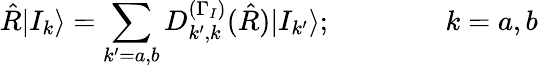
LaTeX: \hat{R}|I_{k}\rangle=\sum_{k^{\prime}=a,b}D_{k^{\prime},k}^{(\Gamma_{I})}(\hat{R})|I_{k^{\prime}}\rangle;\qquad\qquad k=a,b